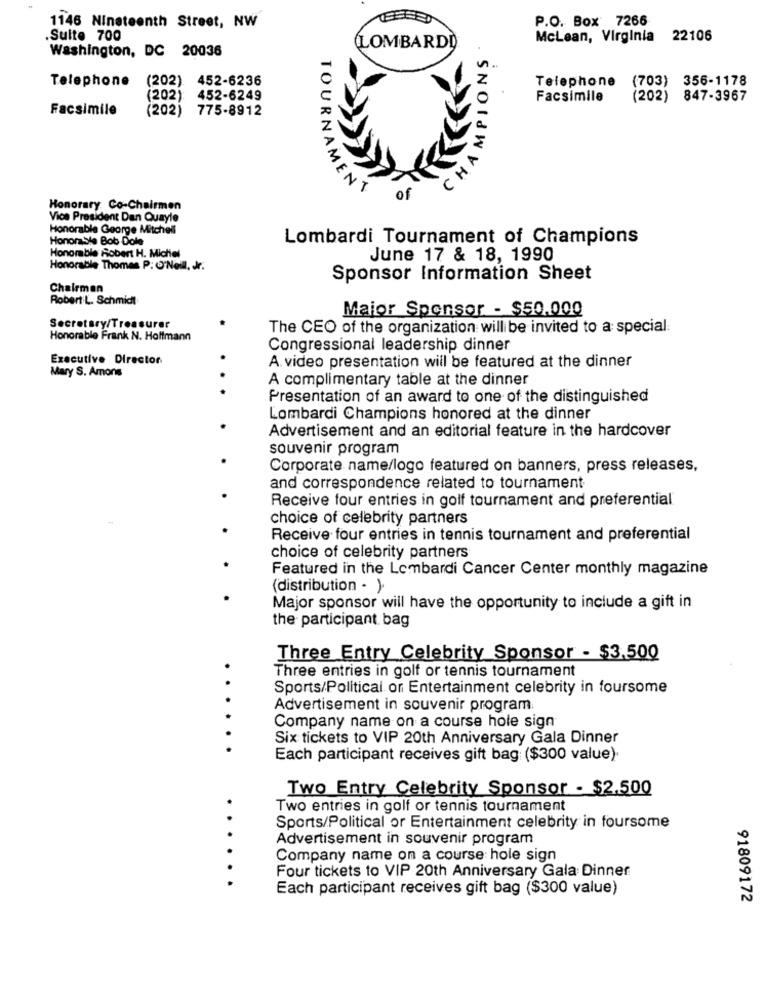
P.O. Box 7266
1146 Nineteenth Street, NW
.Sulte 700
McLean, Virginia 22106
Washington, DC 20036
(LOMBARDI
CHAMPIONS
n.
Telephone
(202)
452-6236
Telephone
(703) 356-1178
(202)
452-6249
Facsimile
(202) 847-3967
Facsimile
(202)
775-8912
CH
TOURNAMEN
Honorary Co-Chairmen
Vice President Dan Quayle
Honorable George Mitchell
Honorable Bob Dole
Lombardi Tournament of Champions
Honorable Robert H. Michel
June 17 & 18, 1990
Honorable Thomas P: O'Neil. Jr.
Sponsor Information Sheet
Chairman
Robert L. Schmidt
Maior Sponsor - $50.000
Secretary/Treasurer
The CEO of the organization will be invited to a special
Honorable Frank N. Hoffmann
Congressional leadership dinner
Executive Director
A video presentation will be featured at the dinner
Mary S. Amons
A complimentary table at the dinner
Presentation of an award to one of the distinguished
Lombardi Champions honored at the dinner
Advertisement and an editorial feature in the hardcover
souvenir program
Corporate name/logo featured on banners, press releases,
and correspondence related to tournament
Receive four entries in golf tournament and preferential
choice of celebrity partners
Receive four entries in tennis tournament and preferential
choice of celebrity partners
Featured in the Lombardi Cancer Center monthly magazine
(distribution - ).
Major sponsor will have the opportunity to include a gift in
the participant. bag
Three Entry Celebrity Sponsor - $3.500
Three entries in golf or tennis tournament
Sports/Political or Entertainment celebrity in foursome
Advertisement in souvenir program
Company name on a course hole sign
Six tickets to VIP 20th Anniversary Gala Dinner
Each participant receives gift bag ($300 value).
Two Entry Celebrity Sponsor - $2,500
Two entries in golf or tennis tournament
Sports/Political or Entertainment celebrity in foursome
Advertisement in souvenir program
Company name on a course hole sign
Four tickets to VIP 20th Anniversary Gala Dinner
Each participant receives gift bag ($300 value)
91809172